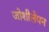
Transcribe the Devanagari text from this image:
जोशीलेपन